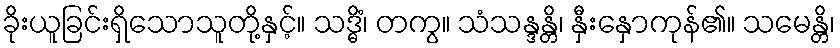
ခိုးယူခြင်းရှိသောသူတို့နှင့်။ သဒ္ဓိံ၊ တကွ။ သံသန္ဒန္တိ၊ နှီးနှောကုန်၏။ သမေန္တိ၊